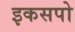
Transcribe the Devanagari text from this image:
इकसपो